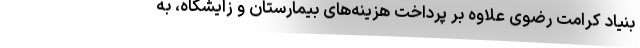
بنیاد کرامت رضوی علاوه بر پرداخت هزینه‌های بیمارستان و زایشگاه، به